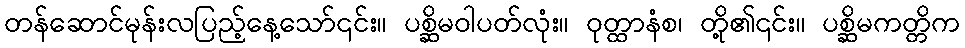
တန်ဆောင်မုန်းလပြည့်နေ့သော်၎င်း။ ပစ္ဆိမဝါပတ်လုံး။ ဝုတ္ထာနံစ၊ တို့၏၎င်း။ ပစ္ဆိမကတ္တိက